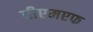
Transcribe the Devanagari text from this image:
वीएमएफ